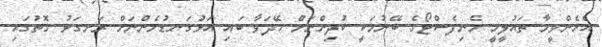
އެހެންވީމާ ތައުލީމީ މެނިފެސްޓޯގެ ބޭނުމަކީ ކުދިންނަށް ހޭދަވާ ބައި އަޅުގަނޑުމެންނަށް ރަނގަޅު ގޮތުގައި